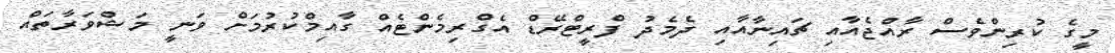
މީގެ ކުރިންވެސް ރާއްޖެއާއި ޗައިނާއާއި ދެމެދު ފްރީޓްރޭޑް އެގްރިމެންޓެއް ގާއިމްކުރުމަށް ވަނީ މަޝްވަރާތައް